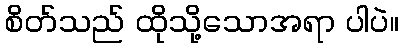
စိတ်သည် ထိုသို့သောအရာ ပါပဲ။